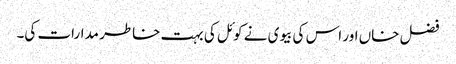
فضل خاں اور اس کی بیوی نے کوئل کی بہت خاطر مدارات کی۔